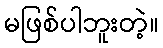
မဖြစ်ပါဘူးတဲ့။